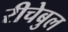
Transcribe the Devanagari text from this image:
रीचेबुल